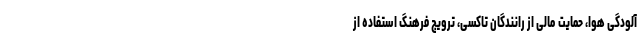
آلودگی هوا، حمایت مالی از رانندگان تاکسی، ترویج فرهنگ استفاده از